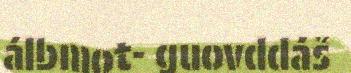
álbmot- guovddáš